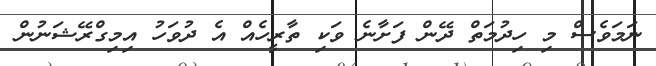
ނަމަވެސް މި ހިދުމަތް ދޭން ފަށާނެ ވަކި ތާރީހެއް އެ ދުވަހު އިމިގްރޭޝަނުން